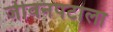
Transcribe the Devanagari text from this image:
जीवनपटाला